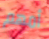
أمهم